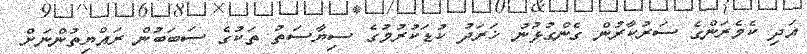
އަދި ކެމެރަންގެ ސަރުކާރުން ގެންގުޅުނު ޚަރަދު ކުޑަކުރުމުގެ ސިޔާސަތު ތަކުގެ ސަބަބުން ރައްޔިތުންނަށް